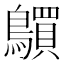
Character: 𲍦